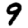
Digit: 9